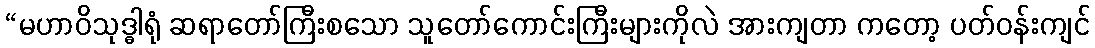
“မဟာဝိသုဒ္ဓါရုံ ဆရာတော်ကြီးစသော သူတော်ကောင်းကြီးများကိုလဲ အားကျတာ ကတော့ ပတ်ဝန်းကျင်